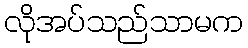
လိုအပ်သည်သာမက